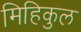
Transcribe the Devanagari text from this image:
मिहिकुल